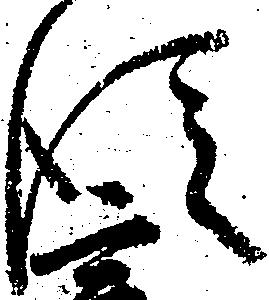
従